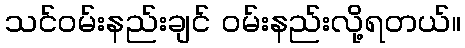
သင်ဝမ်းနည်းချင် ဝမ်းနည်းလို့ရတယ်။